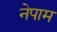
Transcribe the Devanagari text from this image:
नेपाम